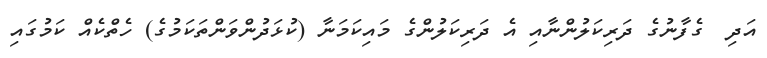
އަދި  ގެފާނުގެ ދަރިކަލުންނާއި އެ ދަރިކަލުންގެ މައިކަމަނާ (ކުޅަދުންވަންތަކަމުގެ) ހެތްކެއް ކަމުގައި